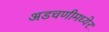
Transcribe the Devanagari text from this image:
अडचणीमध्येर